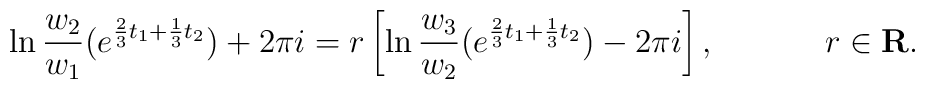
\ln \frac{w_2}{w_1}(e^{\frac{2}{3}t_1+\frac{1}{3}t_2})+2\pi i = r \left[\ln \frac{w_3}{w_2}(e^{\frac{2}{3}t_1+\frac{1}{3}t_2})-2\pi i \right],~~~~~~~~~~r\in {\bf R}.